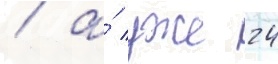
/ а́ уже 24